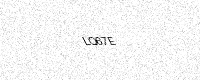
Text: LQ67E